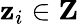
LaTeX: \mathbf{z}_{i}\in\mathbf{Z}